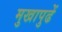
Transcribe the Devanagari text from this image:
मुखापुढें